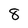
Character: 8